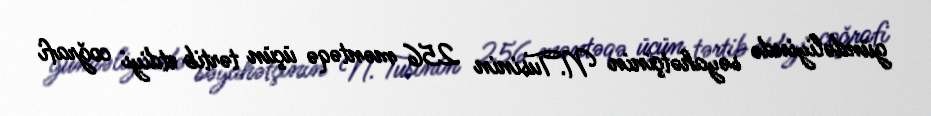
gündəliyində səyahətçinin N.Tusinin 256 məntəqə üçün tərtib etdiyi coğrafi